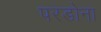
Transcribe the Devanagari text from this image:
परडोना